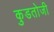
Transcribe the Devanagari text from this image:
कुडतोजी